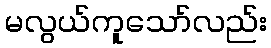
မလွယ်ကူသော်လည်း